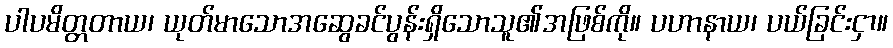
ပါပမိတ္တတာယ၊ ယုတ်မာသောအဆွေခင်ပွန်းရှိသောသူ၏အဖြစ်ကို။ ပဟာနာယ၊ ပယ်ခြင်းငှာ။